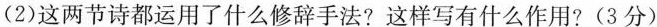
(2)这两节诗都运用了什么修辞手法？这样写有什么作用？(3分)